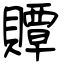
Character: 贉